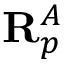
\mathbf { R } _ { p } ^ { A }